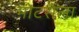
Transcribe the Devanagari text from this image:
मोटरोला